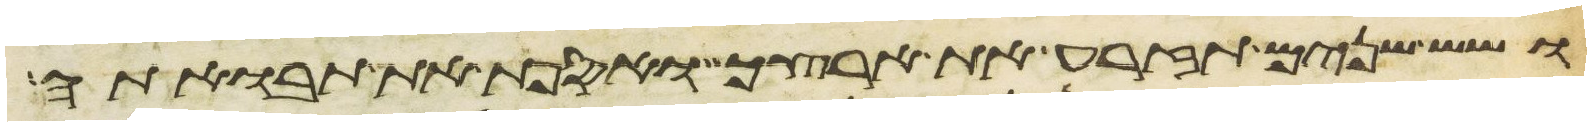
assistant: ושש שנים תזרע את ארצך ואספת את תבואתה